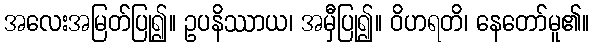
အလေးအမြတ်ပြု၍။ ဥပနိဿာယ၊ အမှီပြု၍။ ဝိဟရတိ၊ နေတော်မူ၏။